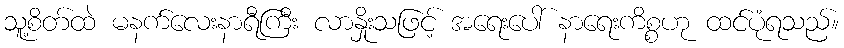
သူ့စိတ်ထဲ မနက်လေးနာရီကြီး လာနှိုးသဖြင့် အရေးပေါ် နာရေးကိစ္စဟု ထင်ပုံရသည်။